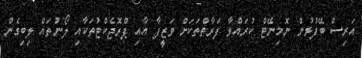
އަރިސް ބޭފުޅުން ނޮމިނޭޓް ކުރައްވާ ފަރާތްތަކަށް ވަޒީފާ އާއި ޕްރޮޖެކްޓުތަކާއި ލޯނުތައް ލިބިގެން